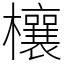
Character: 欀